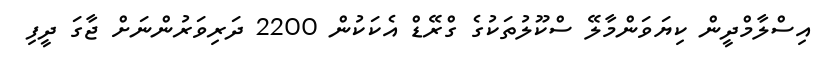
އިސްލާމްދީން ކިޔަވަންމާލޭ ސްކޫލުތަކުގެ ގްރޭޑް އެކަކުން 2200 ދަރިވަރުންނަށް ޖާގަ ދީފި